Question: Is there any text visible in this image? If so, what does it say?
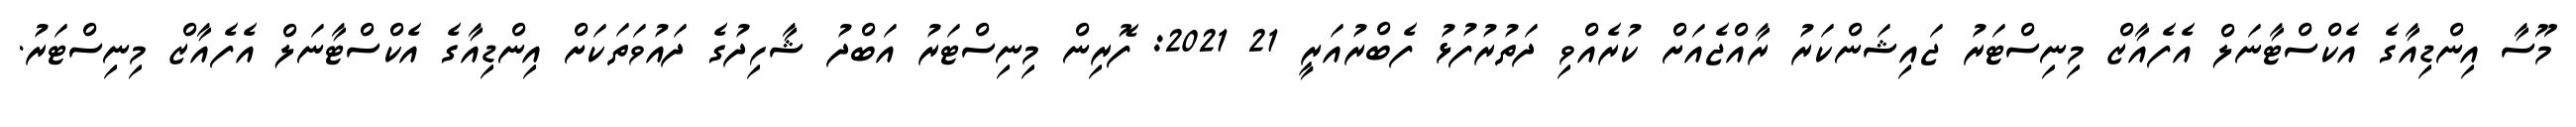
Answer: މޫސާ އިންޑިއާގެ އެކްސްޓާނަލް އެފެއާޒް މިނިސްޓަރު ޖައިޝަންކަރު ރާއްޖެއަށް ކުރެއްވި ދަތުރުފުޅު ފެބްރުއަރީ 21 2021: ފޮރިން މިނިސްޓަރު އަބްދު ޝާހިދުގެ ދައުވަތަކަށް އިންޑިއާގެ އެކްސްޓާނަލް އެފެއާޒް މިނިސްޓަރު.